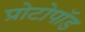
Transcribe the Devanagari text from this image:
प्रोटोपॉड